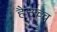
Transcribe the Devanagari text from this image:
हैउच्च